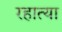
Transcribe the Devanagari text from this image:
रहात्या